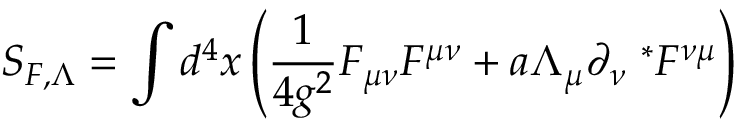
S _ { F , \Lambda } = \int d ^ { 4 } x \left( \frac { 1 } { 4 g ^ { 2 } } F _ { \mu \nu } F ^ { \mu \nu } + a \Lambda _ { \mu } \partial _ { \nu } ^ { ~ ~ * } F ^ { \nu \mu } \right)